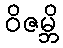
ဝိဇမ္ဘိ